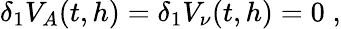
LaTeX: \delta_{1}V_{A}(t,h)=\delta_{1}V_{\nu}(t,h)=0\; ,